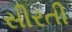
સીરતી